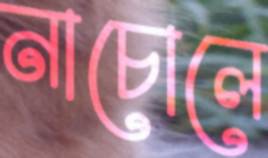
নাচোলে